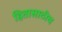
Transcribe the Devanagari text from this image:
हितासाठीच